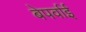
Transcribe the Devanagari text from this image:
बेपर्वाई